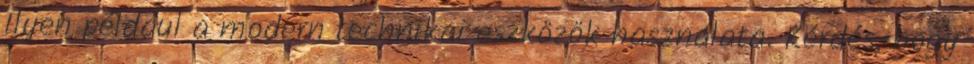
Ilyen például a modern technikai eszközök használata. Kérdés, hogy